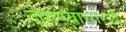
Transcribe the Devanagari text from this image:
जगण्यासारखे